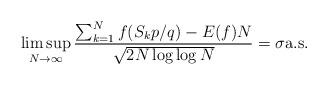
LaTeX: \begin{align*}\limsup_{N \to \infty} \frac{\sum_{k=1}^N f(S_k p/q) - E(f) N}{\sqrt{2N \log \log N}} = \sigma \mathrm{a.s.}\end{align*}